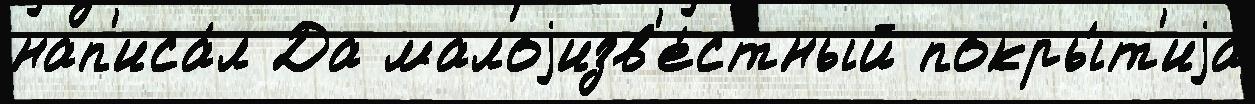
нап'иса́л Да малоjизв'е́стный покры́т'иjа